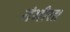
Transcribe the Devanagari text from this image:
गंभीरा।